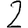
Digit: 2